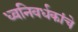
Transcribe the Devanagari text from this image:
ध्वनिवर्धकांचे